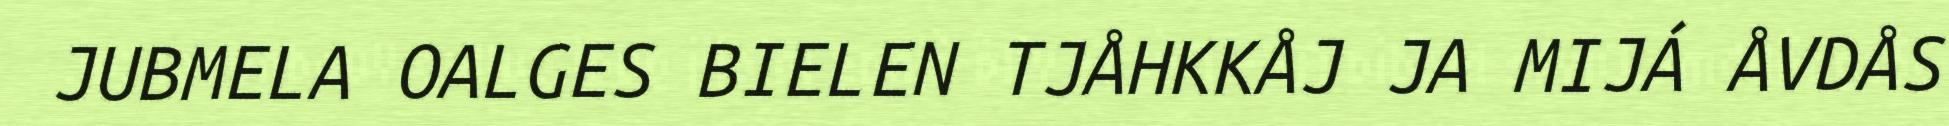
JUBMELA OALGES BIELEN TJÅHKKÅJ JA MIJÁ ÅVDÅS